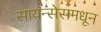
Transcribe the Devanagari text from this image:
सायन्सेसमधून